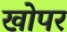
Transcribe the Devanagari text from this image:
खोपर